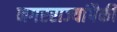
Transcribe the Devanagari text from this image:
नगरराज्यांपैकी